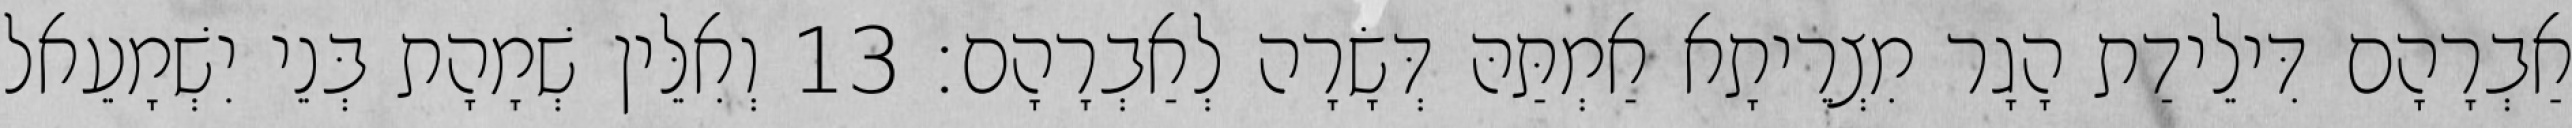
אַבְרָהָם דִּילֵידַת הָגָר מִצְרֵיתָא אַמְתַּהּ דְּשָׂרָה לְאַבְרָהָם׃ 13 וְאִלֵּין שְׁמָהָת בְּנֵי יִשְׁמָעֵאל